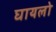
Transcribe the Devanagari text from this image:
घायलो